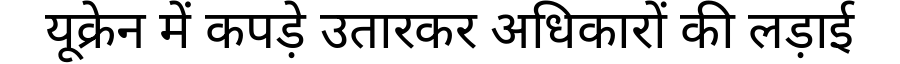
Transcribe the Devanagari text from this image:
यूक्रेन में कपड़े उतारकर अधिकारों की लड़ाई